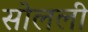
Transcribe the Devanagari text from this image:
सोलली